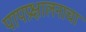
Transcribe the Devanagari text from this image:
पापप्रक्षालनाचा